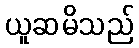
ယူဆမိသည်